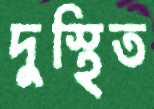
দুস্থিত